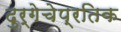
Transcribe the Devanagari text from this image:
दुर्गेचेप्रतिक